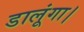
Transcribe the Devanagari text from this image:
डालूंगा।